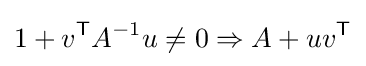
1+v^{\textsf {T}}A^{-1}u\neq 0\Rightarrow A+uv^{\textsf {T}}